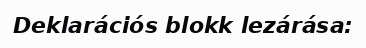
Deklarációs blokk lezárása: